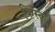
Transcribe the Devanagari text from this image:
फिस्‍क